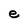
Character: e